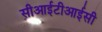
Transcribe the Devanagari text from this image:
सीआईटीआईसी